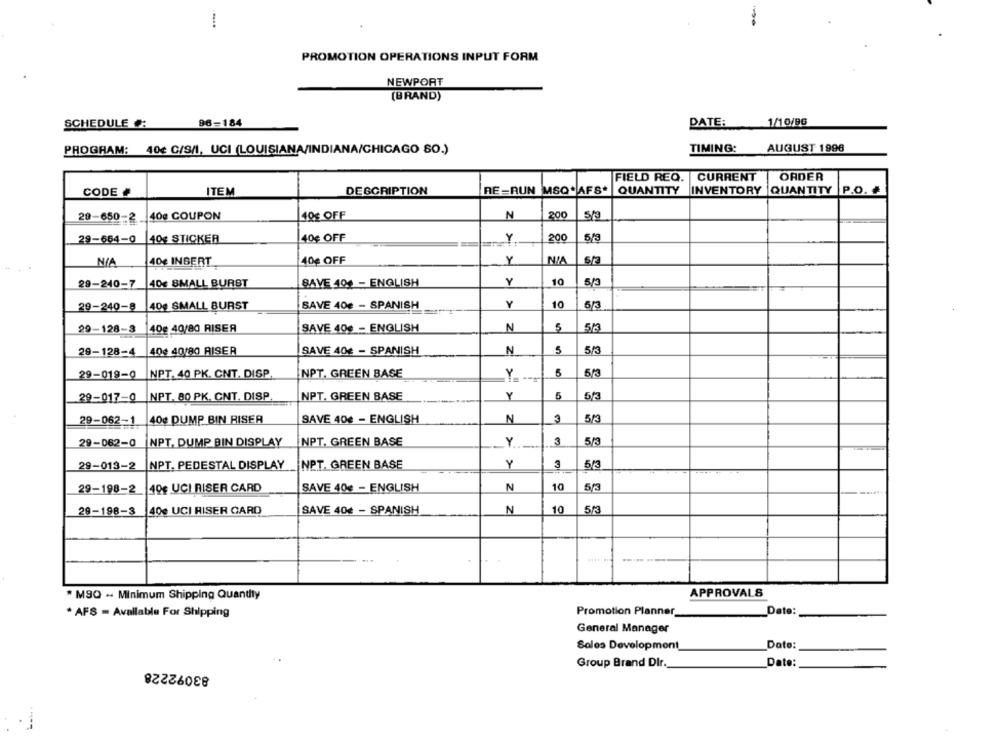
PROMOTION OPERATIONS INPUT FORM
NEWPORT
[BRAND)
SCHEDULE #:
96=184
DATE:
1/10/96
TIMING:
AUGUST 1996
PROGRAM: 40€ C/9/1, UCI (LOUISIANA/INDIANA/CHICAGO SO.)
FIELD REQ. CURRENT
ORDER
CODE #
ITEM
DESCRIPTION
RE=RUN MSQ* AFS*
QUANTITY
INVENTORY
QUANTITY P.O.
29-650-2 _40¢ COUPON
40€ OFF
N
200
5/3
40€ OFF
200
5/3
29-664-0
140g STICKER
40€ OFF
Y
40€ INBERT
NIA
29-240-7
40€ SMALL BURST
SAVE 404 - ENGLISH
Y
10
5/3
40g SMALL BURST
SAVE 40€ - SPANISH
Y
10
5/3
29-240-8
N
5
29-128-3
40g 40/80 RISER
SAVE 400 - ENGLISH
513
5
29-128-4
40¢ 40/80 RISER
SAVE 40€ - SPANISH
N
5/3
29-019-0
NPT. 40 PK. CNT. DISP
NPT. GREEN BASE
Y
5
5/3
29-017-0
NPT. 80 PK. CNT. DISP
NPT. GREEN BASE
Y
5
29-062-1
40g DUMP BIN RISER
SAVE 40€ - ENGLISH
N
3
513
29-062-0
NPT, DUMP BIN DISPLAY
NPT, GREEN BASE
Y
3
5/3
29-013-2
NPT. PEDESTAL DISPLAY
NET. GREEN BASE
Y
3
5/3
29-198-2
40€ UCI RISER CARD
SAVE 40€ - ENGLISH
N
10
29-198-3
40g UCI RISER CARD
SAVE 40€ - SPANISH
N
10
APPROVALS
* MSQ -- Minimum Shipping Quantity
· AFS - Available For Shipping
Promotion Planner
Date:
General Manager
Sales Development
Date:
83092228
Group Brand Dir.
Date:
....